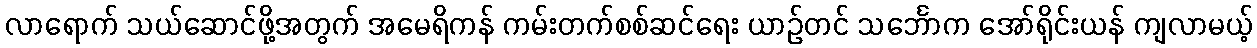
လာရောက် သယ်ဆောင်ဖို့အတွက် အမေရိကန် ကမ်းတက်စစ်ဆင်ရေး ယာဉ်တင် သင်္ဘောက အော်ရိုင်းယန် ကျလာမယ့်